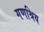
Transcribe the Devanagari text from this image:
गणश्रिय